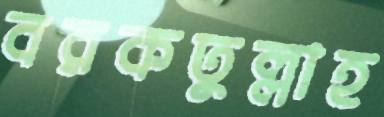
বরকতুল্লাহ